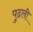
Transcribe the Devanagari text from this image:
पुढली